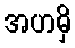
အဟမှိ